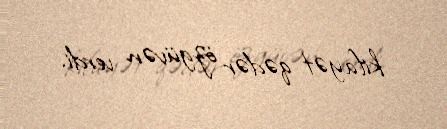
kifayət qədər özgüvən verdi.